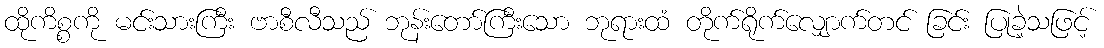
ထိုကိစ္စကို မင်းသားကြီး ဗာစီလီသည် ဘုန်းတော်ကြီးသော ဘုရားထံ တိုက်ရိုက်လျှောက်တင် ခြင်း ပြုခဲ့သဖြင့်